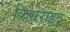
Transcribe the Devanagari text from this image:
किसेराइट